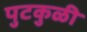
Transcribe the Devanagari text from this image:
पुटकुळी